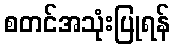
စတင်အသုံးပြုရန်